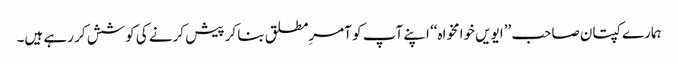
ہمارے کپتان صاحب ’’ایویں خوامخواہ‘‘ اپنے آپ کو آمرِمطلق بنا کر پیش کرنے کی کوشش کر رہے ہیں۔